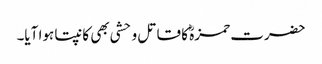
حضرت حمزہؓ کا قاتل وحشی بھی کانپتا ہوا آیا۔